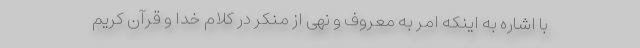
با اشاره به اینکه امر به معروف و نهی از منکر در کلام خدا و قرآن کریم